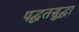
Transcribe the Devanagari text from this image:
पद्घतसुद्घा